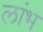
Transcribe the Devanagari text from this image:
लांभ